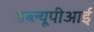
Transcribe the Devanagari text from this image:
डब्ल्यूपीआई